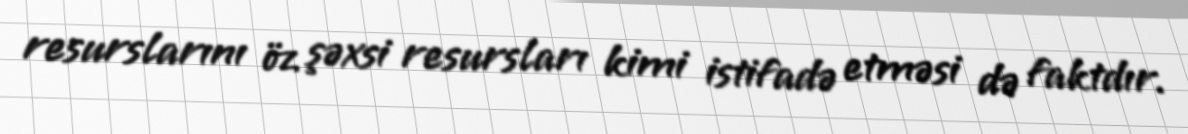
resurslarını öz şəxsi resursları kimi istifadə etməsi də faktdır.